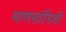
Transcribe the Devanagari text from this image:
माणसांनिशी